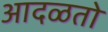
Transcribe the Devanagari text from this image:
आदळतो